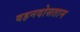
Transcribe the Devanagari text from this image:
वहनदोसतान